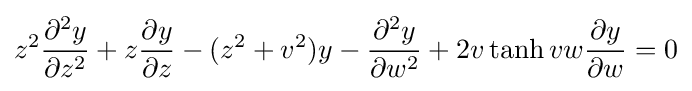
z^{2}{\dfrac {\partial ^{2}y}{\partial z^{2}}}+z{\dfrac {\partial y}{\partial z}}-(z^{2}+v^{2})y-{\dfrac {\partial ^{2}y}{\partial w^{2}}}+2v\tanh vw{\dfrac {\partial y}{\partial w}}=0